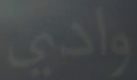
وادي